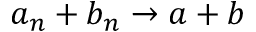
a _ { n } + b _ { n } \to a + b